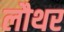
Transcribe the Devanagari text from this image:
लौथर